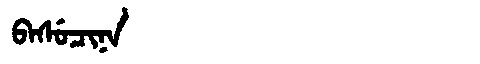
Manchu: ᠪᠠᠰᡠᠴᡳᠨᠠ
Romanization: BASUCINA